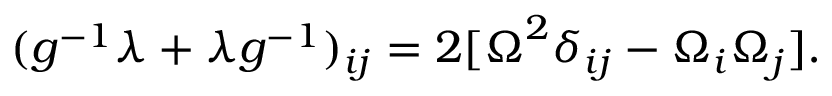
\begin{array} { r } { ( g ^ { - 1 } \lambda + \lambda g ^ { - 1 } ) _ { i j } = 2 [ { \boldsymbol \Omega } ^ { 2 } \delta _ { i j } - \Omega _ { i } \Omega _ { j } ] . } \end{array}